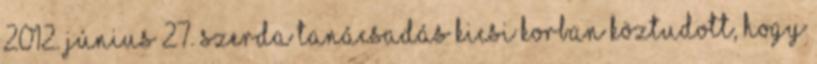
2012. június 27. szerda Tanácsadás Kicsi korban köztudott, hogy